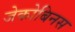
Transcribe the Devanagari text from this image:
जेकोबिनस